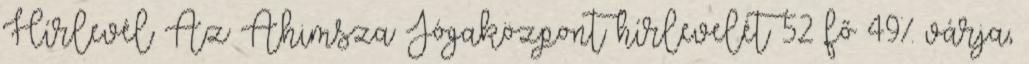
Hírlevél Az Ahimsza Jógaközpont hírlevelét 52 fő 49% várja,